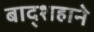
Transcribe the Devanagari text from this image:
बाद्शहाने